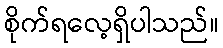
စိုက်ရလေ့ရှိပါသည်။